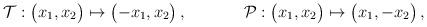
LaTeX: \begin{align*}\mathcal{T}&:\begin{pmatrix} x_1 , x_2 \end{pmatrix} \mapsto \begin{pmatrix} -x_1 , x_2 \end{pmatrix},&\mathcal{P}&:\begin{pmatrix} x_1 , x_2 \end{pmatrix} \mapsto \begin{pmatrix} x_1 , - x_2 \end{pmatrix},\end{align*}